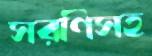
সরণিসহ